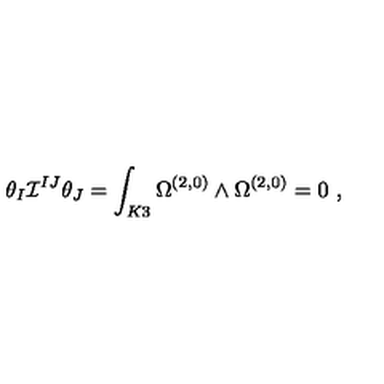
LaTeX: \theta _ { I } { \cal I } ^ { I J } \theta _ { J } = \int _ { K 3 } \Omega ^ { ( 2 , 0 ) } \wedge \Omega ^ { ( 2 , 0 ) } = 0 \ ,